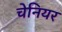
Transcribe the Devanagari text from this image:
चेनियर